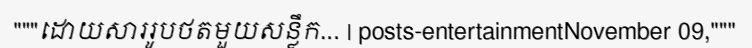
"""ដោយសាររូបថតមួយសន្លឹក... | posts-entertainmentNovember 09,"""